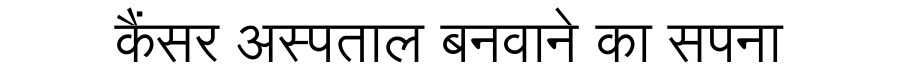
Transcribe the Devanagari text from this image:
कैंसर अस्पताल बनवाने का सपना